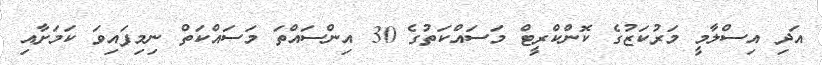
އަދި އިސްލާމީ މަރުކަޒުގެ ކޮންކްރީޓް މަަސައްކަތުގެ 30 އިންސައްތަ މަސައްކަތް ނިމިފައިވަ ކަމަށާއި